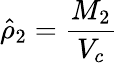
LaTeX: \hat{\rho}_{2}=\frac{M_{2}}{V_{c}}